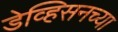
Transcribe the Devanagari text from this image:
डेव्हिसनच्या